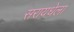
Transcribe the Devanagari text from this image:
सरायधेला